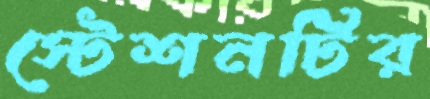
স্টেশনটির